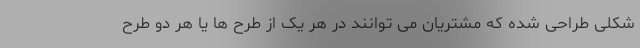
شکلی طراحی شده که مشتریان می توانند در هر یک از طرح ها یا هر دو طرح